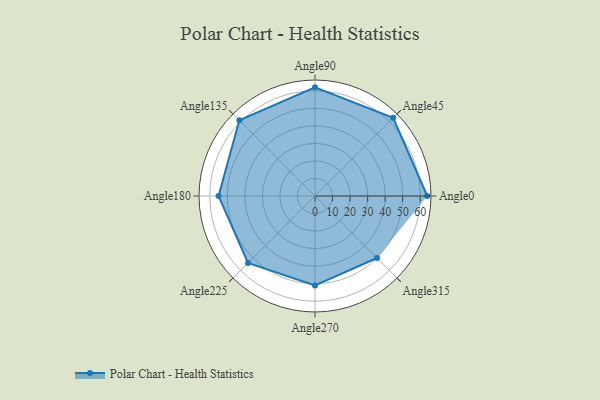
{"axis": {"x": "Angle", "y": "Radius"}, "legend": [""], "data": [{"x": "Angle0", "y": 64.0, "type": ""}, {"x": "Angle45", "y": 63.0, "type": ""}, {"x": "Angle90", "y": 62.0, "type": ""}, {"x": "Angle135", "y": 61.0, "type": ""}, {"x": "Angle180", "y": 55.0, "type": ""}, {"x": "Angle225", "y": 54.0, "type": ""}, {"x": "Angle270", "y": 51.0, "type": ""}, {"x": "Angle315", "y": 50, "type": ""}]}